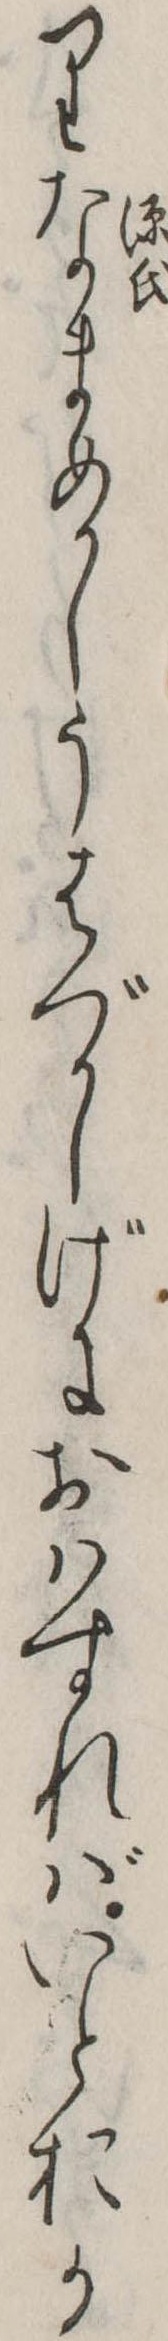
りなまめかしうはづかしげにおはすればいとおか